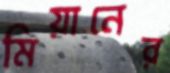
মিয়ানের